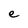
Character: e